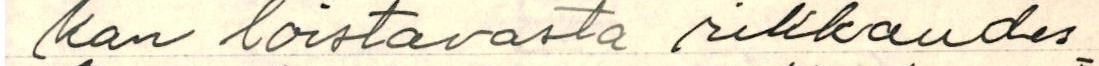
kan loistavasta rikkaudes-